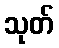
သုတ်